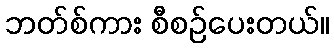
ဘတ်စ်ကား စီစဉ်ပေးတယ်။